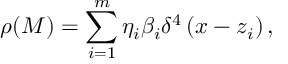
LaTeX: \rho ( M ) = \sum _ { i = 1 } ^ { m } \eta _ { i } \beta _ { i } \delta ^ { 4 } \left( x - z _ { i } \right) ,